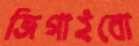
জিগাইবো